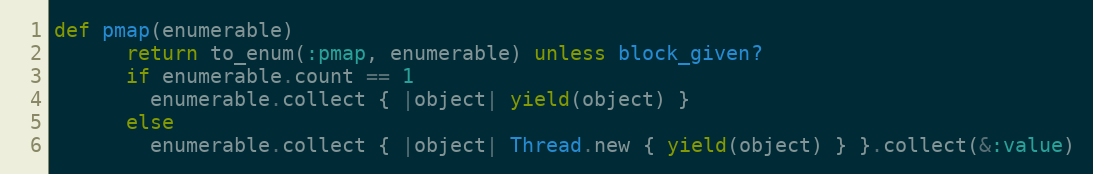
Language: Ruby
def pmap(enumerable)
      return to_enum(:pmap, enumerable) unless block_given?
      if enumerable.count == 1
        enumerable.collect { |object| yield(object) }
      else
        enumerable.collect { |object| Thread.new { yield(object) } }.collect(&:value)